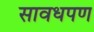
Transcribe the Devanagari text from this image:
सावधपण